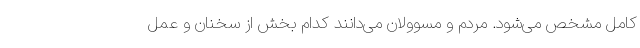
کامل مشخص می‌شود. مردم و مسوولان می‌دانند کدام بخش از سخنان و عمل